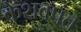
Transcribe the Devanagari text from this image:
केशवपंत